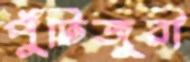
পুঁটিজুরী